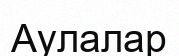
Аулалар